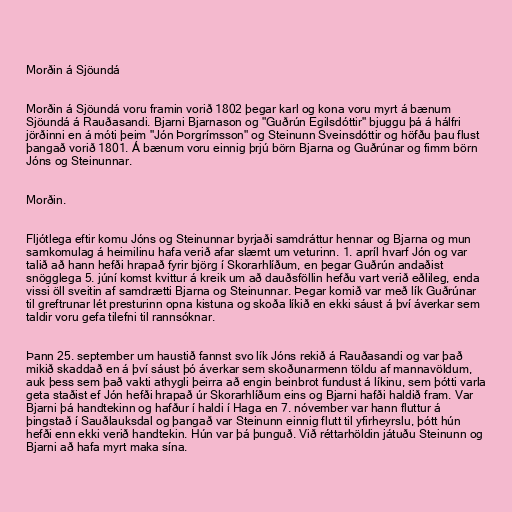
Morðin á Sjöundá

Morðin á Sjöundá voru framin vorið 1802 þegar karl og kona voru myrt á bænum
Sjöundá á Rauðasandi. Bjarni Bjarnason og "Guðrún Egilsdóttir" bjuggu þá á hálfri
jörðinni en á móti þeim "Jón Þorgrímsson" og Steinunn Sveinsdóttir og höfðu þau flust
þangað vorið 1801. Á bænum voru einnig þrjú börn Bjarna og Guðrúnar og fimm börn
Jóns og Steinunnar.

Morðin.

Fljótlega eftir komu Jóns og Steinunnar byrjaði samdráttur hennar og Bjarna og mun
samkomulag á heimilinu hafa verið afar slæmt um veturinn. 1. apríl hvarf Jón og var
talið að hann hefði hrapað fyrir björg í Skorarhlíðum, en þegar Guðrún andaðist
snögglega 5. júní komst kvittur á kreik um að dauðsföllin hefðu vart verið eðlileg, enda
vissi öll sveitin af samdrætti Bjarna og Steinunnar. Þegar komið var með lík Guðrúnar
til greftrunar lét presturinn opna kistuna og skoða líkið en ekki sáust á því áverkar sem
taldir voru gefa tilefni til rannsóknar.

Þann 25. september um haustið fannst svo lík Jóns rekið á Rauðasandi og var það
mikið skaddað en á því sáust þó áverkar sem skoðunarmenn töldu af mannavöldum,
auk þess sem það vakti athygli þeirra að engin beinbrot fundust á líkinu, sem þótti varla
geta staðist ef Jón hefði hrapað úr Skorarhlíðum eins og Bjarni hafði haldið fram. Var
Bjarni þá handtekinn og hafður í haldi í Haga en 7. nóvember var hann fluttur á
þingstað í Sauðlauksdal og þangað var Steinunn einnig flutt til yfirheyrslu, þótt hún
hefði enn ekki verið handtekin. Hún var þá þunguð. Við réttarhöldin játuðu Steinunn og
Bjarni að hafa myrt maka sína.